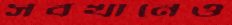
সবখানেও